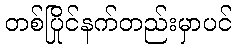
တစ်ပြိုင်နက်တည်းမှာပင်